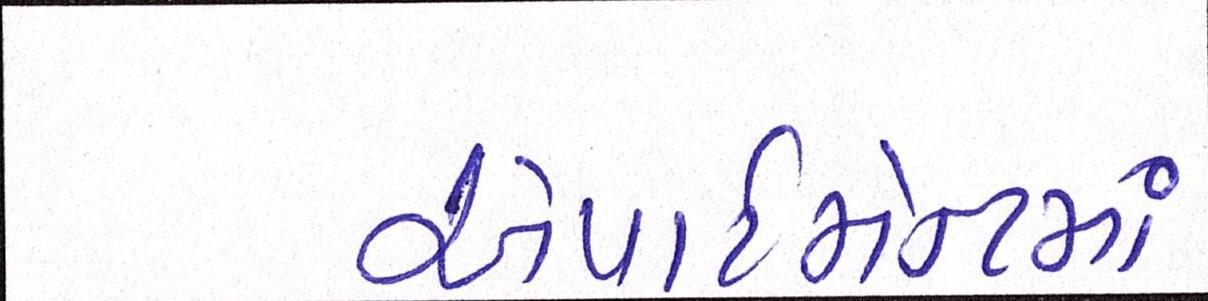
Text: એપાર્ટમેન્ટમાં